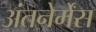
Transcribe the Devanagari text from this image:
अंतनेर्मेंस